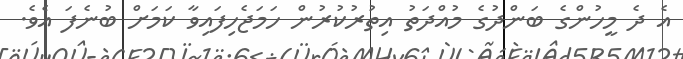
އެ ދެ މީހުންގެ ބަންދުގެ މުއްދަތު އިތުރުކުރުން ހަމަޖެހިފައިވާ ކަމަށް ބުނެފަ އެވެ.